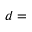
d =